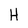
Character: H